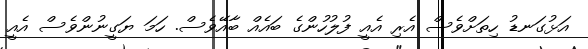
އަޅުގަނޑު ހިތަށްވެސް އެރި އެއީ ފުލުހުންގެ ބައެއް ބާއޭވެސް. ހަމަ ޔަގީނުންވެސް އެއީ